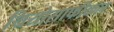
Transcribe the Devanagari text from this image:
थियोसाफीकल